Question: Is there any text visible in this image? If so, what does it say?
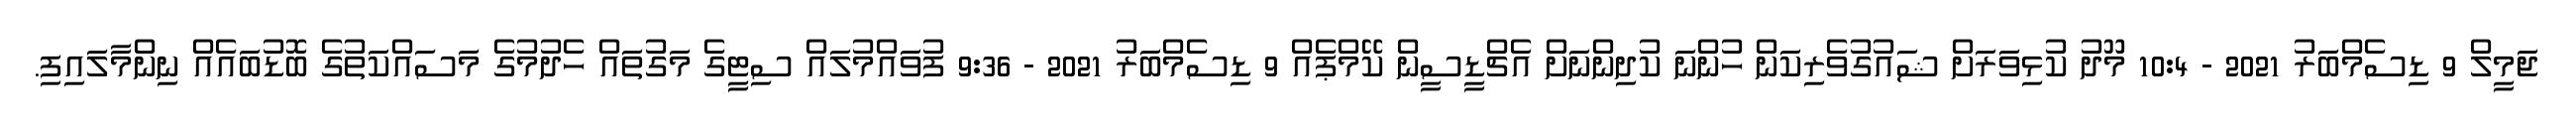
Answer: ޖަމީލް 9 ޑިސެމްބަރު 2021 - 10:4 މޫދު ކުޅިވަރަށް ޝައުގުވެރިކަން ހުންނަ ކުދިންނަށް އެޗްޑީސީން ކޭމްޕެއް 9 ޑިސެމްބަރު 2021 - 9:36 ފުވައްމުލައް ސިޓީގެ މަގުތައް ހެދުމުގެ މަސައްކަތުގެ ބޮޑުބައެއް ނިންމާލައިފި.